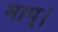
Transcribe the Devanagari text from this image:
माप्।